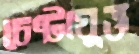
চেষ্টাযুক্ত